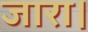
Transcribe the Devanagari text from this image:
जारा।